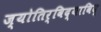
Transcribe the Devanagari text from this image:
ज्योतिर्विद्याविद्